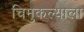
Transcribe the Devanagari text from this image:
चिमुकल्याला